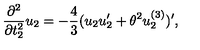
\frac { \partial ^ { 2 } } { \partial t _ { 2 } ^ { 2 } } u _ { 2 } = - \frac { 4 } { 3 } ( u _ { 2 } u _ { 2 } ^ { \prime } + { \theta } ^ { 2 } u _ { 2 } ^ { ( 3 ) } ) ^ { \prime } ,